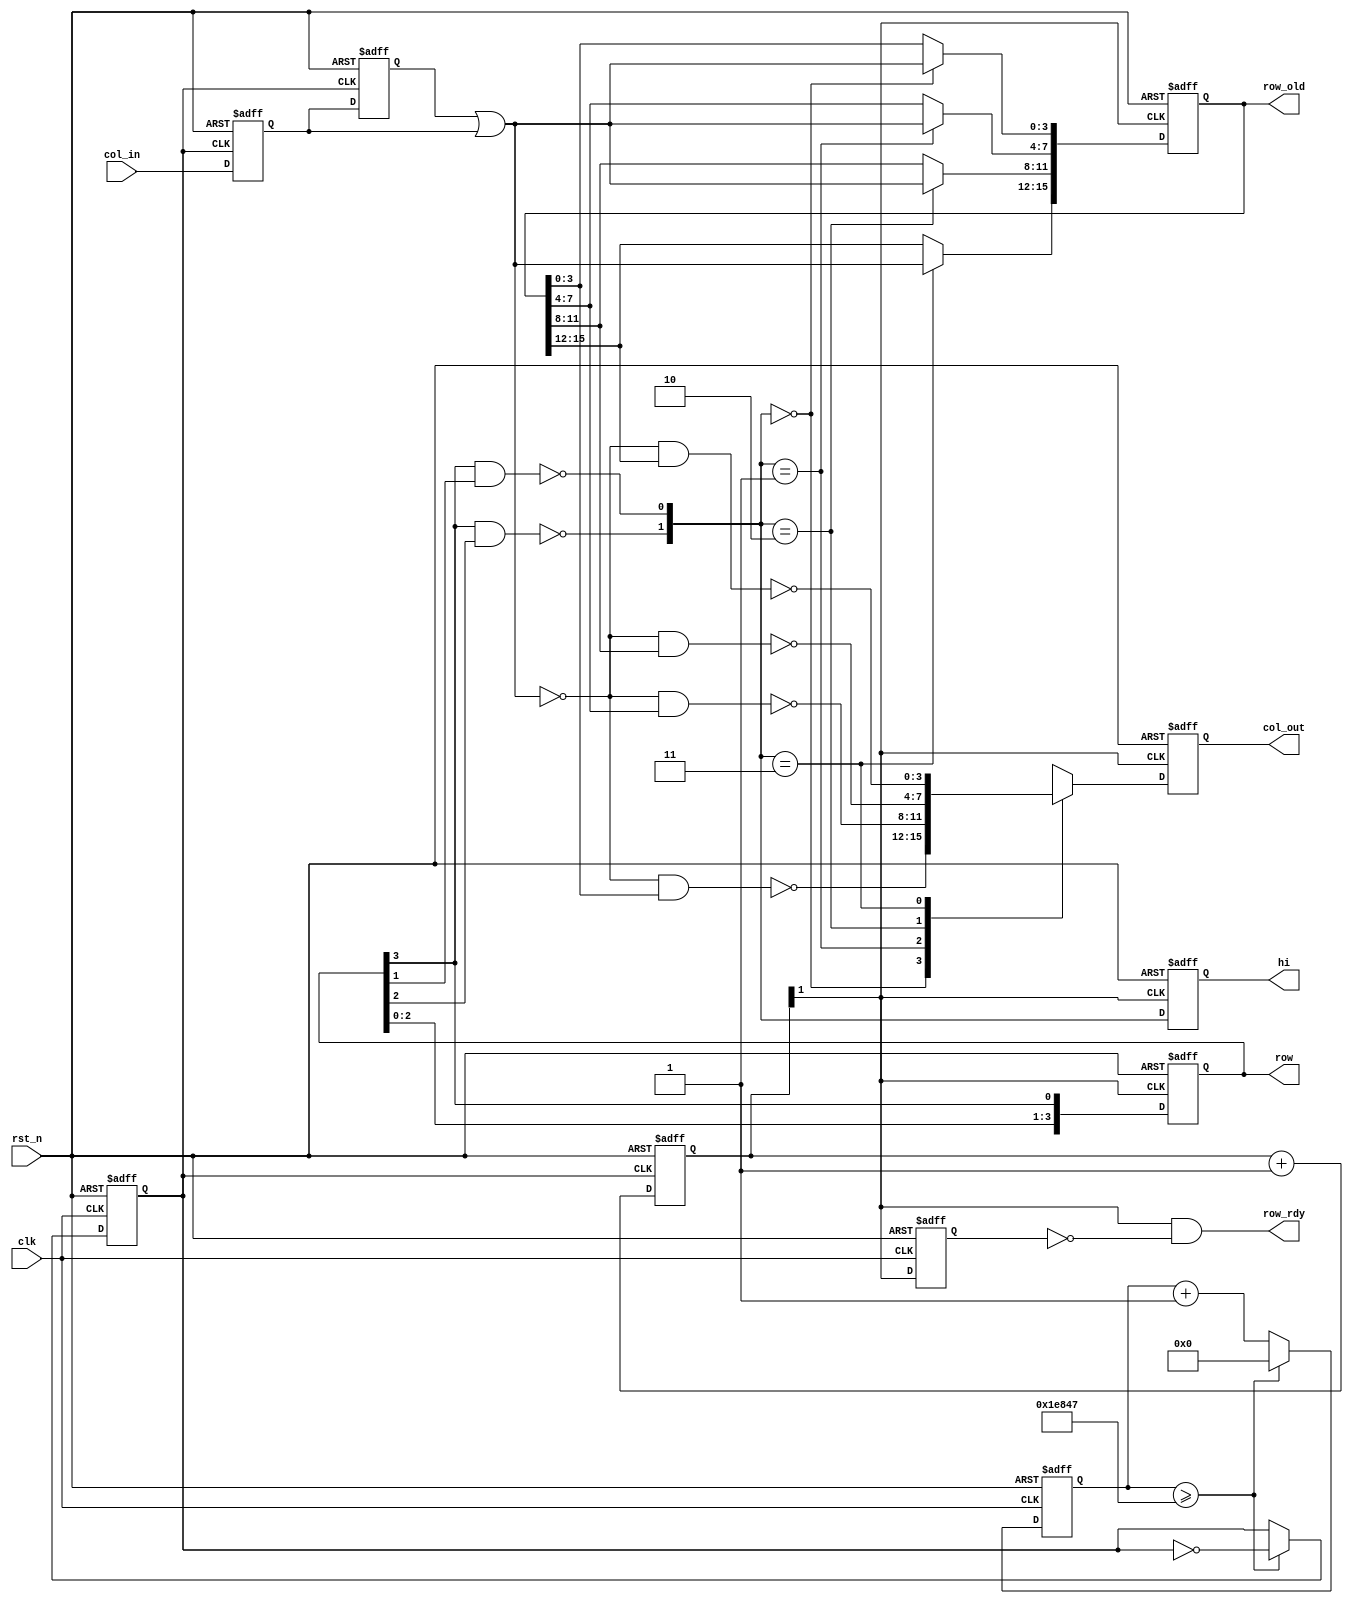
module KeyToCol(input wire clk,rst_n,
                input wire[3:0] col_in,
                output reg[3:0] row,col_out,
                output reg[1:0] hi,
                output wire row_rdy,
                output reg[15:0] row_old);

    reg[19:0] cnt;
    reg[3:0] col1,col2;
    reg[1:0] rowcnt;
    reg rowcnt1;
    reg sa_clk;
    wire[1:0] comb_hi;
    wire[3:0] col;
    
    always @(posedge clk or negedge rst_n) begin
        if(!rst_n)begin
            cnt <= 20'd0;
            rowcnt1 <= 1'b1;
            sa_clk <= 1'b0;
        end
        else begin
            rowcnt1 <= rowcnt[1];
            if(cnt >= 20'd124_999)begin
            cnt <= 20'd0;
            sa_clk <= ~sa_clk;
            end
            else begin
            cnt <= cnt+1'b1;
            end
        end
    end

    always @(posedge sa_clk or negedge rst_n)begin
        if(!rst_n)begin
            col1 <= 4'b1111;
            col2 <= 4'b1111;
            rowcnt <=2'b10;
        end
        else begin
            rowcnt <= rowcnt+1'b1;
            col1 <= col2;
            col2 <= col_in;
        end
    end

    always @(posedge rowcnt[1] or negedge rst_n)begin
        if(!rst_n)begin
            row <= 4'b1110;
            col_out <= 4'b1111;
            hi <= 2'b00;
            row_old <= 16'hffff;
        end
        else begin
            row <= {row[2:0],row[3]};
            hi <= comb_hi;
            case(comb_hi)
                2'b00:begin
                    col_out <= ~((~col)&row_old[3:0]);
                    row_old[3:0] <= col;
                end
                2'b01:begin
                    col_out <= ~((~col)&row_old[7:4]);
                    row_old[7:4] <= col;
                end
                2'b10:begin
                    col_out <= ~((~col)&row_old[11:8]);
                    row_old[11:8] <= col;
                end
                2'b11:begin
                    col_out <= ~((~col)&row_old[15:12]);
                    row_old[15:12] <= col;
                end
            endcase
        end
    end

    assign row_rdy = rowcnt[1]&(~rowcnt1);
    assign comb_hi = {~(row[3]&row[2]),~(row[3]&row[1])};
    assign col = col1|col2;

endmodule